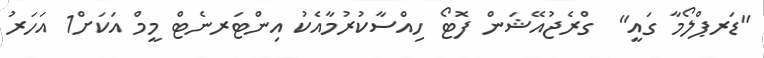
"ޑަރޕްލޯމާ ގައީ"  ގްރެޖުއޭޝަން ފޮޓޯ ހިއްސާކުރުމާއެކު އިންޓަރނެޓް މީމް އަކަށް1 އަހަރު